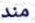
مند